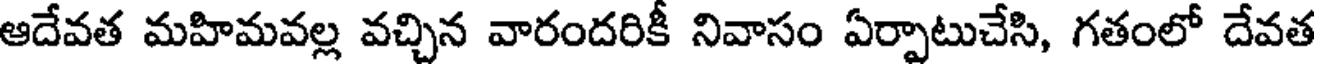
ఆదేవత మహిమవల్ల వచ్చిన వారందరికీ నివాసం ఏర్పాటుచేసి, గతంలో దేవత